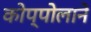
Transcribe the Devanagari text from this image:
कोप्पोलाने